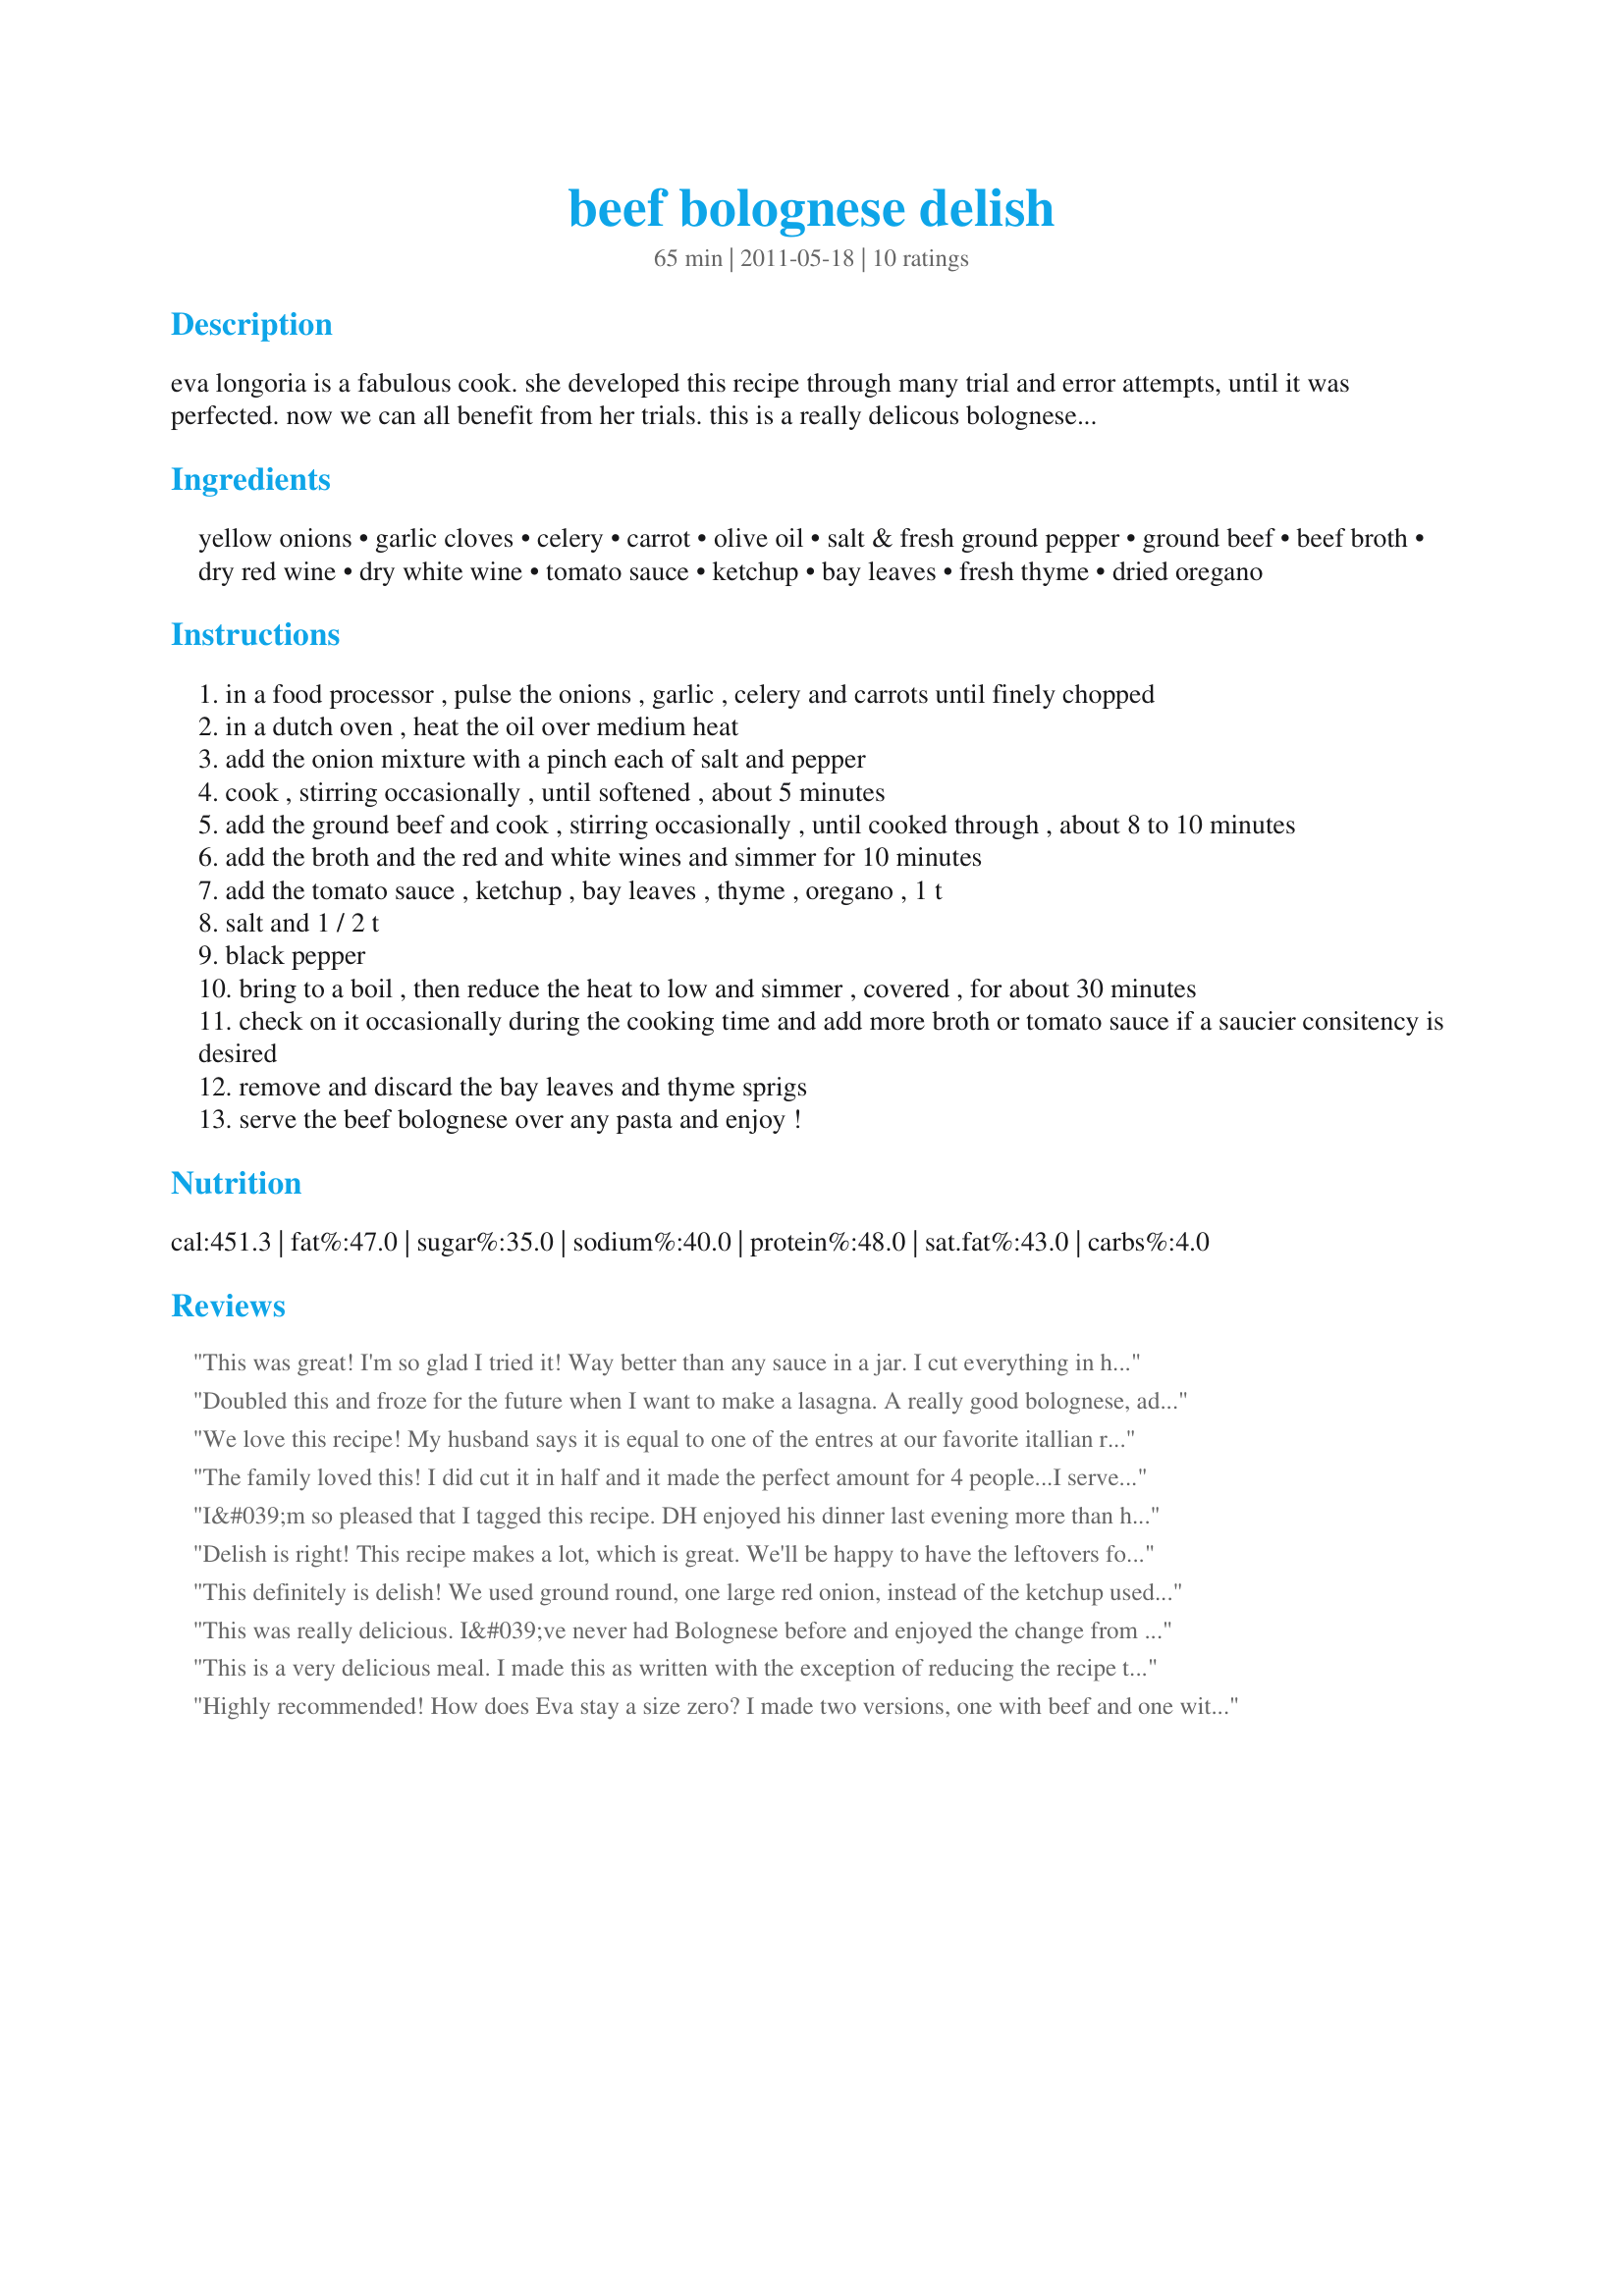
beef bolognese delish
Preparation time: 65 minutes

eva longoria is a fabulous cook. she developed this recipe through many trial and error attempts, until it was perfected. now we can all benefit from her trials. this is a really delicous bolognese. i hope you enjoy it as much as we do!

Ingredients:
yellow onions, garlic cloves, celery, carrot, olive oil, salt & fresh ground pepper, ground beef, beef broth, dry red wine, dry white wine, tomato sauce, ketchup, bay leaves, fresh thyme, dried oregano

Steps:
in a food processor , pulse the onions , garlic , celery and carrots until finely chopped
in a dutch oven , heat the oil over medium heat
add the onion mixture with a pinch each of salt and pepper
cook , stirring occasionally , until softened , about 5 minutes
add the ground beef and cook , stirring occasionally , until cooked through , about 8 to 10 minutes
add the broth and the red and white wines and simmer for 10 minutes
add the tomato sauce , ketchup , bay leaves , thyme , oregano , 1 t
salt and 1 / 2 t
black pepper
bring to a boil , then reduce the heat to low and simmer , covered , for about 30 minutes
check on it occasionally during the cooking time and add more broth or tomato sauce if a saucier consitency is desired
remove and discard the bay leaves and thyme sprigs
serve the beef bolognese over any pasta and enjoy !

Reviews:
This was great! I'm so glad I tried it! Way better than any sauce in a jar. I cut everything in half for the two of us and there's plenty left for tomorrow - yay! Made for SWT2018
Doubled this and froze for the future when I want to make a lasagna. A really good bolognese, added a little fennel seed to it as well.
We love this recipe! My husband says it is equal to one of the entres at our favorite itallian restaurant. I made a few changes; cut it down to 4 servings so based on that used very rounded measures of the onion, carrots and celery. I only had veggie broth and red wine on hand. So used a 1/2 cup total of Sextant's Zin. Was told to cook with wine you enjoy drinking. Used 1 15oz can of trader joes organic tomato sauce and 3/4 tsp of dried thyme instead of fresh. Also the only salt used was the pinch added to veggies while cooking, didn't need to add any salt thereafter as the flavors were so good. Served it over pappardelle noodles with grated parmi and we are looking forward to making this for our friends at New Years. For us the 4 servings really turned out to be 2 plus enough left over for 1 lunch. Thank you for such a fantastic and easy recipe.
The family loved this! I did cut it in half and it made the perfect amount for 4 people...I served it over spaghetti noodles with a side salad...I did throw on some shaved Parmesan cheese...this was easy to prepare and I was surprised that I had all the ingredients available...:D I did have to open a bottle of white wine...hic...but it didn't go to waste...thanks for posting it...:)
I&#039;m so pleased that I tagged this recipe. DH enjoyed his dinner last evening more than he has anything in a long time. My adaptations were to omit the ketchup and to replace the wined with beef broth. To us it was ideal and I was instructed to print and keep this one *wink*. Thank you ,my friend, for something that finally made him a happy camper. Super easy and quick for a pasta sauce. I did have to let it simmer slowly for closer to an hour and a half as he was late getting home. It didn&#039;t harm the sauce in any way and, in fact, it had a very deep and rich flavor. Kudo&#039;s on your wonderful recipe.
Delish is right! This recipe makes a lot, which is great. We'll be happy to have the leftovers for another meal this week. It's very meaty and flavorful. The family raved about it. Made for Susie's World Tour 2018.
This definitely is delish! We used ground round, one large red onion, instead of the ketchup used 1/4 cup tomato sauce, and all my herbs were dry. Served over linquine noodles and loved our supper.Thank you LifeIsGood for sharing! Made and reviewed for Culinary Quest 2014 - Cruisin&#039; Culinary Queen.
This was really delicious. I&#039;ve never had Bolognese before and enjoyed the change from traditional tomatoey pasta sauces. It hit the spot for the DH requested spaghetti dinner. Thanks for sharing.
This is a very delicious meal. I made this as written with the exception of reducing the recipe to 6 servings. Quick and easy to put together. Thanks for posting. Made for ZWT7 Golden Gourmets.
Highly recommended! How does Eva stay a size zero? I made two versions, one with beef and one with veggie crumbles and both were delicious. Will make this one again!
